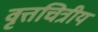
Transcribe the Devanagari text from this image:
वृत्तचित्रीय